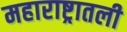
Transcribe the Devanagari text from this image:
महाराष्ट्रातली